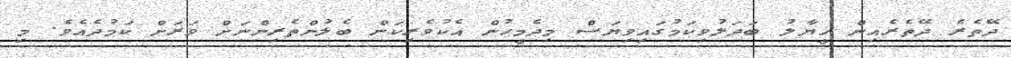
ދޭތެރެ ދޭތެރެއިން ޚީޔާލު ބަދަލުވިކަމުގައިވިޔަސް މިދެމީހުން އެކުވެރިކަން ބެލުންތެރިންނަށް ވަރަށް ކަމުދެއެވެ. މި